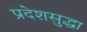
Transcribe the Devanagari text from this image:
प्रदेशसुद्धा